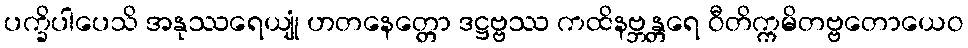
ပက္ခိပါပေသိ အနုဿရေယျုံ ဟတနေတ္တော ဒဋ္ဌဗ္ဗဿ ကထိနဗ္ဘန္တရေ ဝီတိက္ကမိတဗ္ဗတောယေဝ